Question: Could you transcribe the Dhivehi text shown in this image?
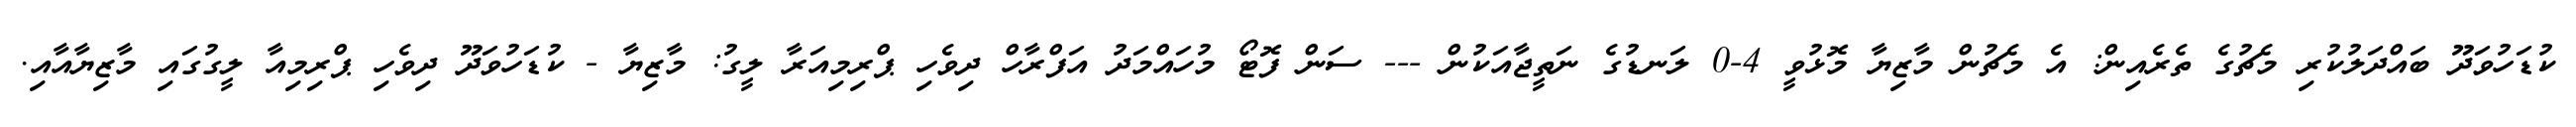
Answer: ކުޑަހުވަދޫ ބައްދަލުކުރި މެޗުގެ ތެރެއިން: އެ މެޗުން މާޒިޔާ މޮޅުވީ 4-0 ލަނޑުގެ ނަތީޖާއަކުން --- ސަން ފޮޓޯ މުހައްމަދު އަފްރާހް ދިވެހި ޕްރިމިއަރާ ލީގު: މާޒިޔާ - ކުޑަހުވަދޫ ދިވެހި ޕްރިމިއާ ލީގުގައި މާޒިޔާއާއި.